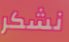
نشكر